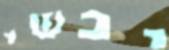
יבשי